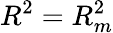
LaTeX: R^{2}=R_{m}^{2}